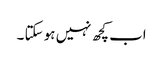
اب کچھ نہیں ہو سکتا ۔